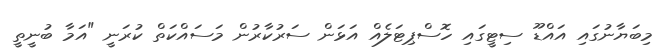
މިބަޔާނުގައި އައްޑޫ ސިޓީގައި ހޮސްޕިޓަލެއް އަޅަން ސަރުކާރުން މަސައްކަތް ކުރަނީ "އަމާ ބުނީތީ